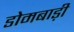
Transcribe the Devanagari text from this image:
डोमबाड़ी